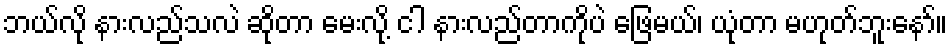
ဘယ်လို နားလည်သလဲ ဆိုတာ မေးလို့ ငါ နားလည်တာကိုပဲ ဖြေမယ်၊ ယုံတာ မဟုတ်ဘူးနော်။